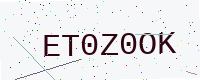
Text: ET0Z0OK